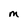
Character: M